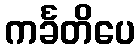
ကင်္ခတိပေ